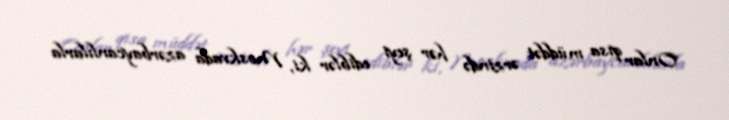
Onlar qısa müddət ərzində hər şeyi ediblər ki, Moskvada azərbaycanlılarla